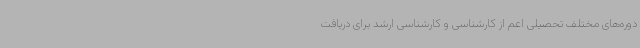
دوره‌های مختلف تحصیلی اعم از کارشناسی و کارشناسی ارشد برای دریافت